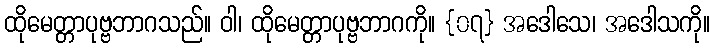
ထိုမေတ္တာပုဗ္ဗဘာဂသည်။ ဝါ၊ ထိုမေတ္တာပုဗ္ဗဘာဂကို။ {၀၇} အဒေါသေ၊ အဒေါသကို။